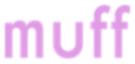
muff